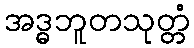
အဒ္ဓဘူတသုတ္တံ